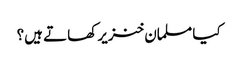
کیا مسلمان خنزیر کھاتے ہیں؟